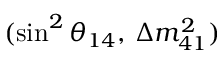
( \sin ^ { 2 } { \theta } _ { 1 4 } , \, \Delta m _ { 4 1 } ^ { 2 } )